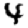
Digit: 4